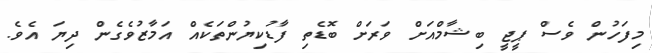
މިފަހުން ވެސް ޕީޖީ ބިޝާމްއަށް ވަރަށް ބޮޑެތި ފާޑުކިޔުންތަކެއް އަމާޒުވެގެން ދިޔަ އެވެ.